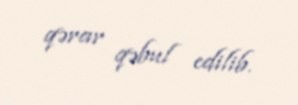
qərar qəbul edilib.